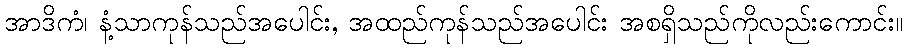
အာဒိကံ၊ နံ့သာကုန်သည်အပေါင်း, အထည်ကုန်သည်အပေါင်း အစရှိသည်ကိုလည်းကောင်း။